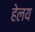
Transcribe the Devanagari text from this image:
हेलय